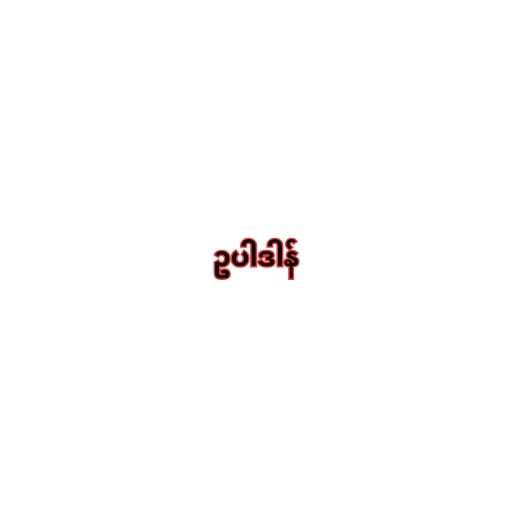
ဥပါဒါန်